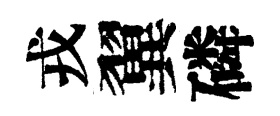
戎翼磷